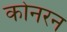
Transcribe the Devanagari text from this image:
कोनरन